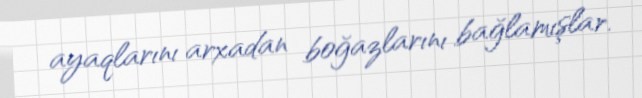
ayaqlarını arxadan boğazlarını bağlamışlar.